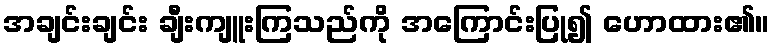
အချင်းချင်း ချီးကျူးကြသည်ကို အကြောင်းပြု၍ ဟောထား၏။